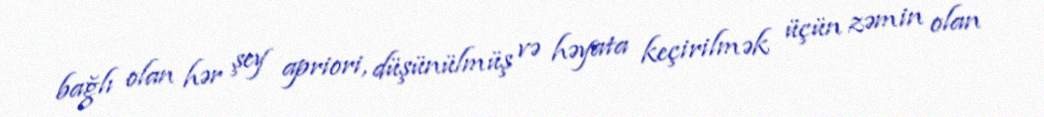
bağlı olan hər şey apriori, düşünülmüş və həyata keçirilmək üçün zəmin olan